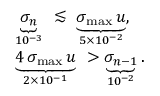
\begin{array} { r l } & { \underbrace { \sigma _ { n } } _ { 1 0 ^ { - 3 } } \ \lesssim \ \underbrace { \sigma _ { \operatorname* { m a x } } \, u } _ { 5 \times 1 0 ^ { - 2 } } , } \\ & { \underbrace { 4 \, \sigma _ { \operatorname* { m a x } } \, u } _ { 2 \times 1 0 ^ { - 1 } } \ > \underbrace { \sigma _ { n - 1 } } _ { 1 0 ^ { - 2 } } . } \end{array}